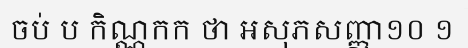
ចប់ ប កិណ្ណកក ថា អសុភសញ្ញា១០ ១